Report of an investigation into the causes of malaria in Bombay and the measures necessary for its control
Disease focus: Malaria
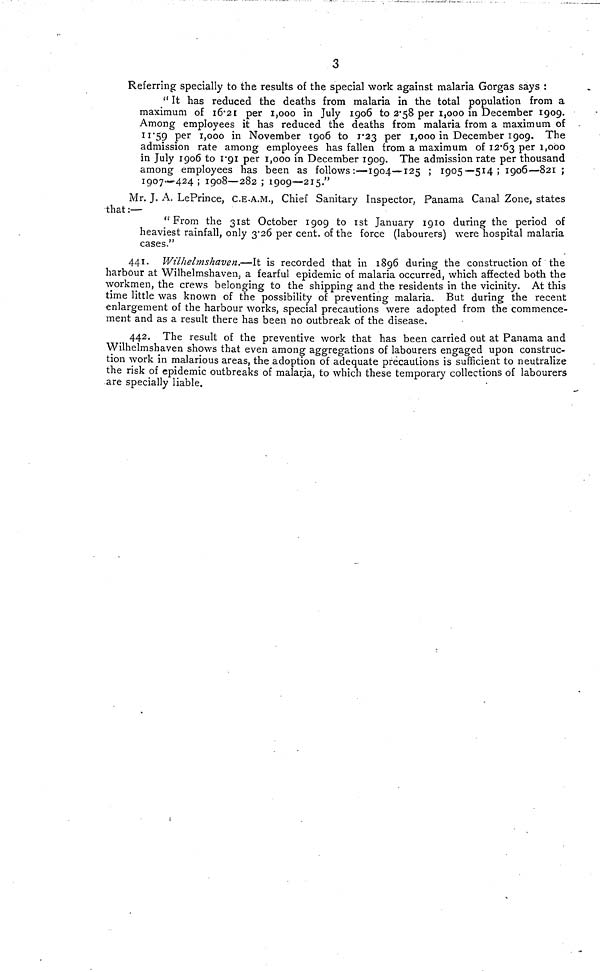
3
Referring specially to the results of the special work against malaria Gorgas says :
" It has reduced the deaths from malaria in the total population from a
maximum of 16.21 per 1,000 in July 1906 to 2.58 per 1,000 in December 1909.
Among employees it has reduced the deaths from malaria from a maximum of
11.59 per 1,000 in November 1906 to 1.23 per 1,000 in December 1909. The
admission rate among employees has fallen from a maximum of 12.63 Per 1,000
in July 1906 to 1.91 per 1,000 in December 1909. The admission rate per thousand
among employees has been as follows:—1904—-125 ; 1905—514; 1906—-821 ;
1907—424 ; 1908—282 ; 1909—215."
Mr. J. A. LePrince, C.E.A.M., Chief Sanitary Inspector, Panama Canal Zone, states
that :—
"From the 31st October 1909 to 1st January 1910 during the period of
heaviest rainfall, only 3.26 per cent. of the force (labourers) were hospital malaria
cases."
441. Wilhelmshaven.—It is recorded that in 1896 during the construction of the
harbour at Wilhelmshaven, a fearful epidemic of malaria occurred, which affected both the
workmen, the crews belonging to the shipping and the residents in the vicinity. At this
time little was known of the possibility of preventing malaria. But during the recent
enlargement of the harbour works, special precautions were adopted from the commence-
ment and as a result there has been no outbreak of the disease.
442.
The result of the preventive work that has been carried out at Panama and
Wilhelmshaven shows that even among aggregations of labourers engaged upon construc-
tion work in malarious areas, the adoption of adequate precautions is sufficient to neutralize
the risk of epidemic outbreaks of malaria, to which these temporary collections of labourers
are specially liable.